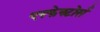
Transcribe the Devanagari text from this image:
एफ्फेक्टोर्स